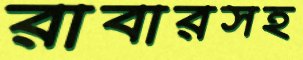
রাবারসহ